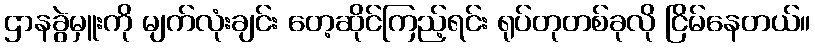
ဌာနခွဲမှူးကို မျက်လုံးချင်း တေ့ဆိုင်ကြည့်ရင်း ရုပ်တုတစ်ခုလို ငြိမ်နေတယ်။